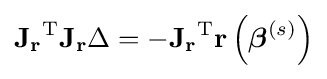
\mathbf {J_{r}} ^{\operatorname {T} }\mathbf {J_{r}} \Delta =-\mathbf {J_{r}} ^{\operatorname {T} }\mathbf {r} \left({\boldsymbol {\beta }}^{(s)}\right)